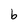
Character: b